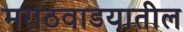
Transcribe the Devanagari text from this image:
मराठवाडयातील